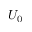
U _ { 0 }